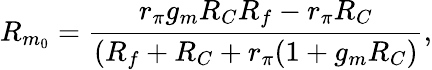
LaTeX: R_{m_{0}}=\frac{r_{\pi}g_{m}R_{C}R_{f}-r_{\pi}R_{C}}{(R_{f}+R_{C}+r_{\pi}(1+g_{m}R_{C})},